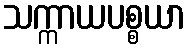
သက္ကာယပစ္စယာ